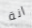
انة